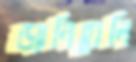
ড্যানিয়েলি